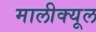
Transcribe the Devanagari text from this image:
मालीक्यूल